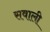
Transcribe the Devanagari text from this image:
सवाली